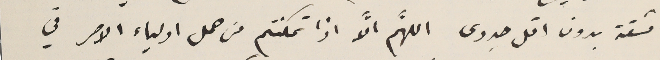
مشقة بدون اقل جدوى اللَّهم الَّا اذا تمكتتم من حمل اولياء الامر في